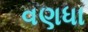
વણધા